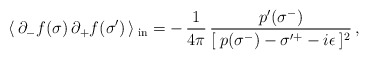
\begin{align*}\langle\, \partial_{-}f(\sigma )\,\partial_{+}f(\sigma' )\, \rangle\,_{\rm{in}} =-\,\frac{1}{4\pi }\,\frac{p'(\sigma^{-})}{[\:p(\sigma^{-}) - \sigma'^{+}- i\epsilon \:]^{2}} \,,\end{align*}